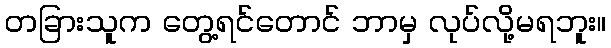
တခြားသူက တွေ့ရင်တောင် ဘာမှ လုပ်လို့မရဘူး။